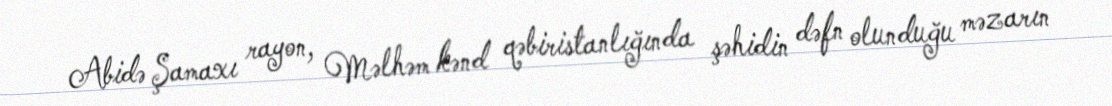
Abidə Şamaxı rayon, Məlhəm kənd qəbiristanlığında şəhidin dəfn olunduğu məzarın